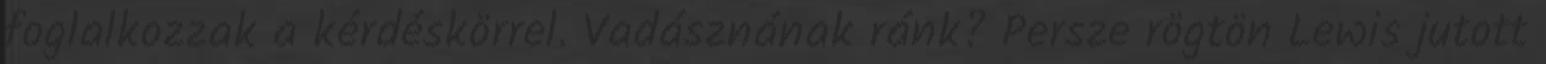
foglalkozzak a kérdéskörrel. Vadásznának ránk? Persze rögtön Lewis jutott